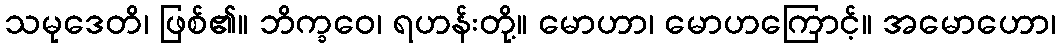
သမုဒေတိ၊ ဖြစ်၏။ ဘိက္ခဝေ၊ ရဟန်းတို့။ မောဟာ၊ မောဟကြောင့်။ အမောဟော၊